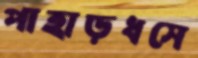
পাহাড়ধসে